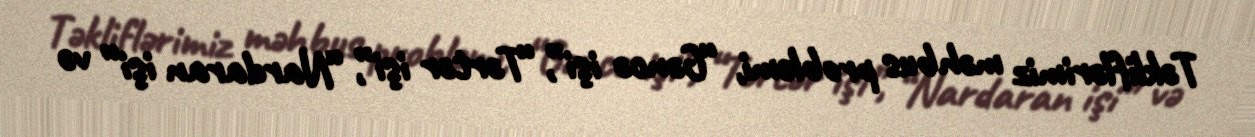
Təkliflərimiz məhbus problemi, “Gəncə işi”, “Tərtər işi”, “Nardaran işi” və